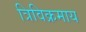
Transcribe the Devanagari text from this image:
त्रिविक्रमाय